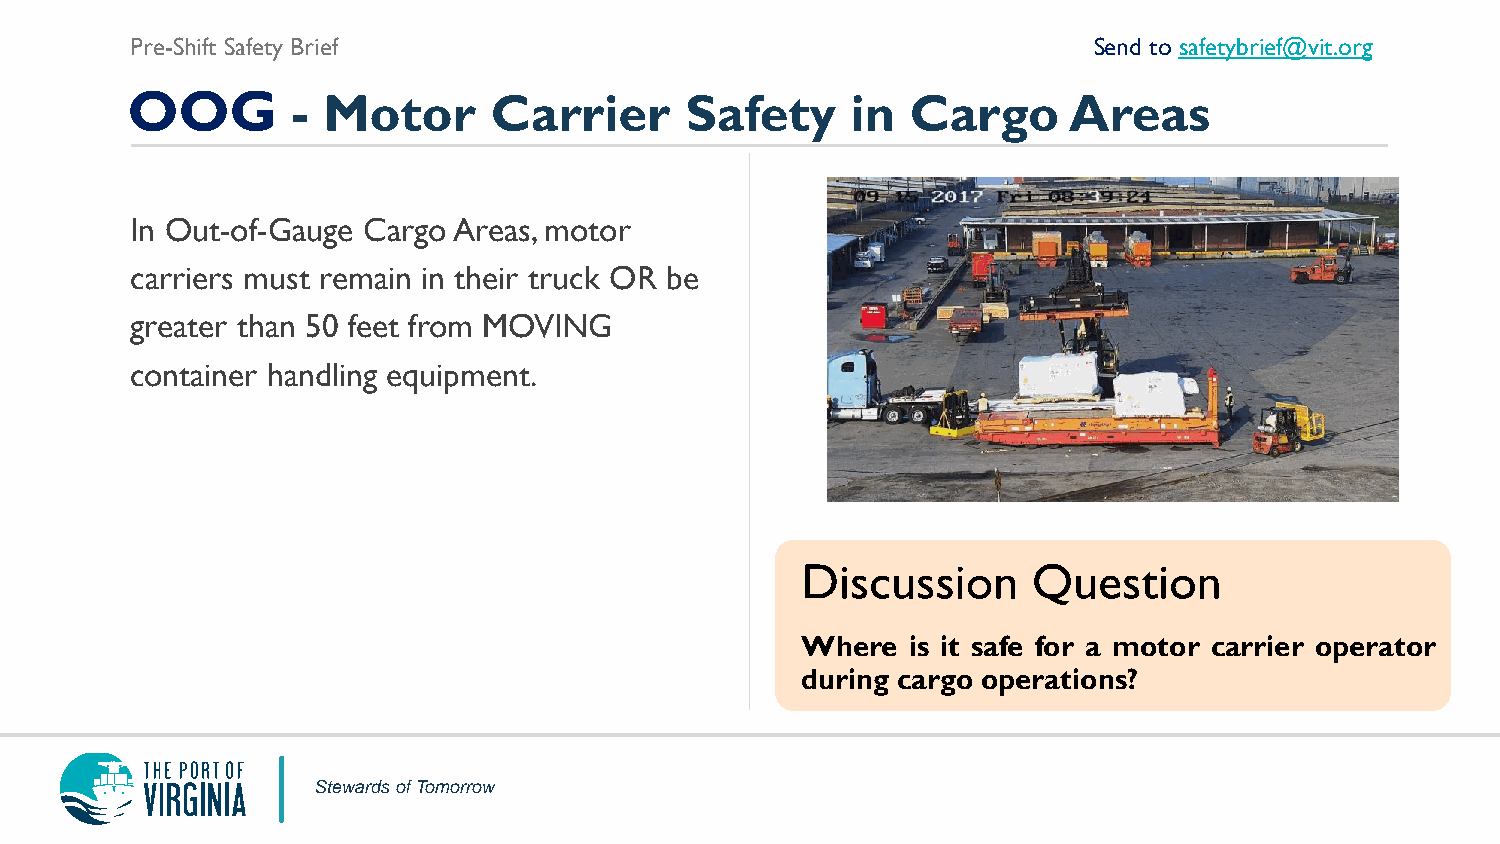
Pre-Shift Safety Brief                                         Send to safetybrief@vit.org
 OOG        - Motor      Carrier      Safety     in  Cargo      Areas
 In Out-of-Gauge Cargo Areas, motor
 carriers must remain in their truck OR be
 greater than 50 feet from MOVING
 container handling equipment.
 Discussion     Question
 Where  is it safe for a motor carrier operator
 during cargo operations?
 Stewards of Tomorrow